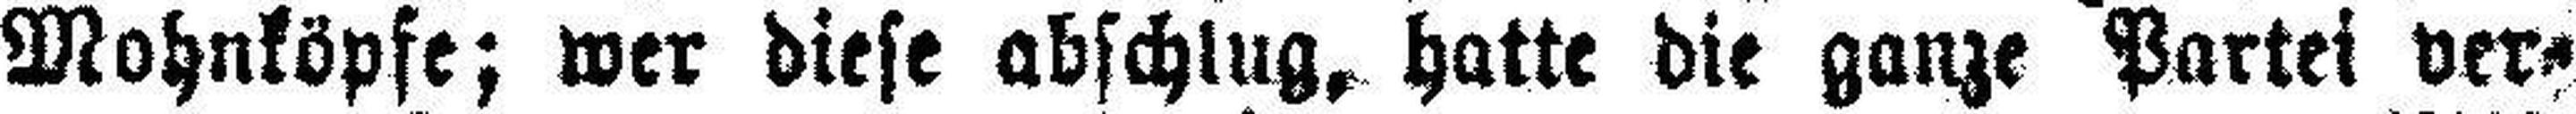
Mohnköpfe; wer diese abschlug, hatte die ganze Partei ver¬